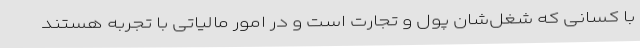
با کسانی که شغل‌شان پول و تجارت است و در امور مالیاتی با تجربه هستند